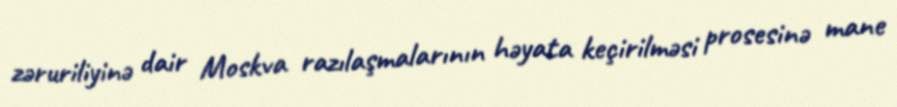
zəruriliyinə dair Moskva razılaşmalarının həyata keçirilməsi prosesinə mane